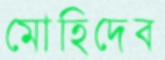
মোহিদেব